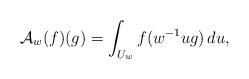
LaTeX: \begin{align*}\mathcal{A}_{w} (f)(g) = \int_{U_w} f(w^{-1} u g) \, du,\end{align*}